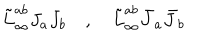
\tilde { L } _ { \infty } ^ { a b } J _ { a } J _ { b } \quad , \quad \tilde { L } _ { \infty } ^ { a b } \bar { J } _ { a } \bar { J } _ { b }